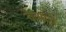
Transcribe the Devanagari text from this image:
ठेव्याचे